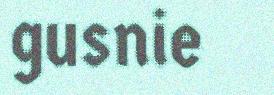
gusnie